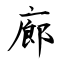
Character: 廊